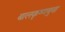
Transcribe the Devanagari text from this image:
बालकृष्णबुवा